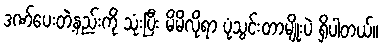
ဒဏ်ပေးတဲ့နည်းကို သုံးပြီး မိမိလိုရာ ပုံသွင်းတာမျိုးပဲ ရှိပါတယ်။